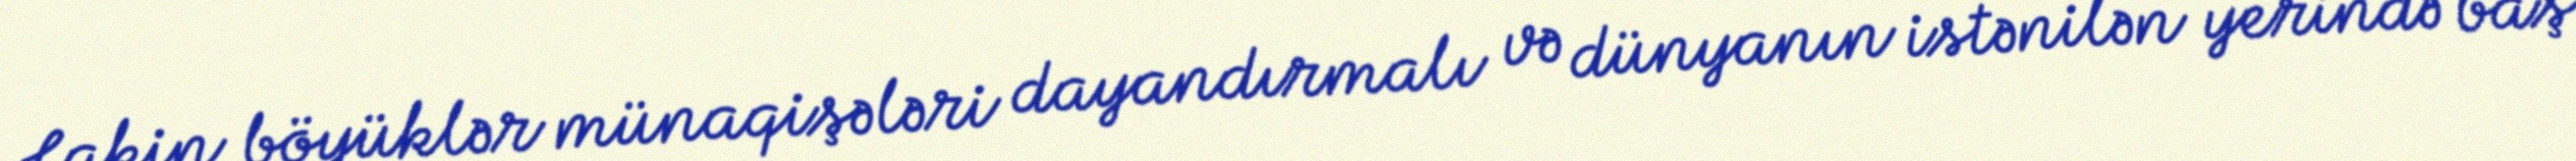
Lakin böyüklər münaqişələri dayandırmalı və dünyanın istənilən yerində baş